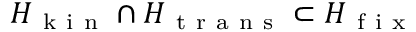
H _ { \mathrm { ~ k ~ i ~ n ~ } } \cap H _ { \mathrm { ~ t ~ r ~ a ~ n ~ s ~ } } \subset H _ { \mathrm { ~ f ~ i ~ x ~ } }